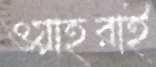
ওয়াহরাই